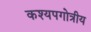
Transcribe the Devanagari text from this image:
कश्यपगोत्रीय